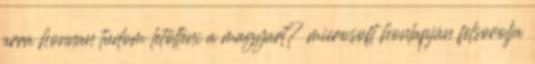
arra honnan tudom letölteni a magyart? microsoft honlapján felsorolja